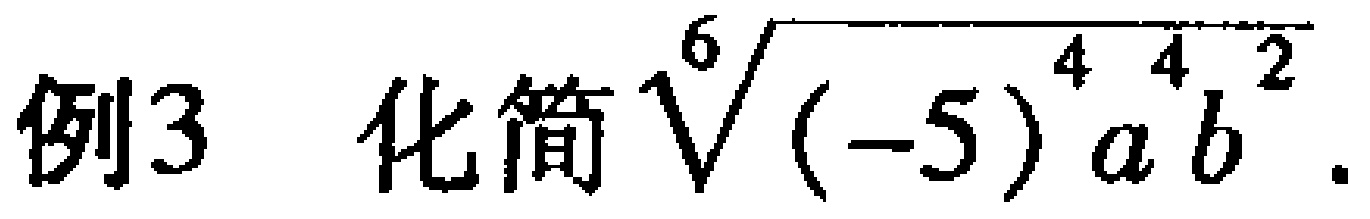
例3 化简\(\sqrt[6]{(-5)^{4}a^{4}b^{2}}\)